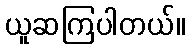
ယူဆကြပါတယ်။